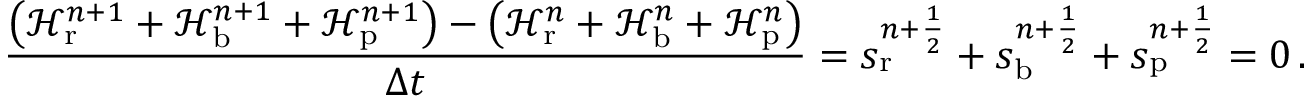
\frac { \left( \mathcal H _ { \mathrm { r } } ^ { n + 1 } + \mathcal H _ { \mathrm { b } } ^ { n + 1 } + \mathcal H _ { \mathrm { p } } ^ { n + 1 } \right) - \left( \mathcal H _ { \mathrm { r } } ^ { n } + \mathcal H _ { \mathrm { b } } ^ { n } + \mathcal H _ { \mathrm { p } } ^ { n } \right) } { \Delta t } = s _ { \mathrm { r } } ^ { n + \frac 1 2 } + s _ { \mathrm { b } } ^ { n + \frac 1 2 } + s _ { \mathrm { p } } ^ { n + \frac 1 2 } = 0 \, .